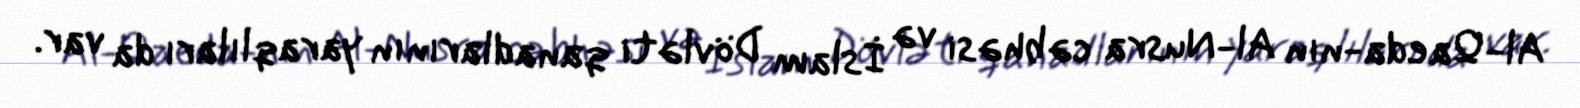
Al-Qaeda-nın Al-Nusra cəbhəsi və İslam Dövləti qanadlarının yaraqlıları da var.